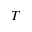
T